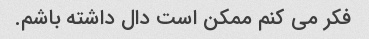
فکر می کنم ممکن است دال داشته باشم.